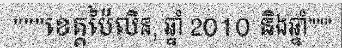
"""ខេត្តប៉ៃលិន, ឆ្នាំ 2010 និងឆ្នាំ"""